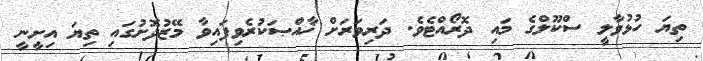
ތިޔަ ހުޅުވާލީ ސްކޫލްގެ މައި ދޮރޯއްޓެވެ. ދަރިވަރަށް ޚާއްޞަކުރެވިފައިވާ މޭޒުދޮށުގައި ތިޔަ އިށީނީ